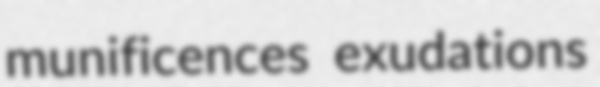
munificences exudations